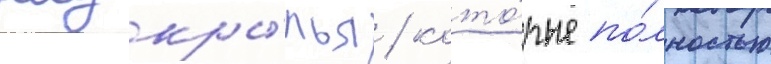
надкры́лья / кото́рые по́лностью